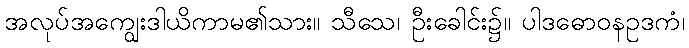
အလုပ်အကျွေးဒါယိကာမ၏သား။ သီသေ၊ ဦးခေါင်း၌။ ပါဒဓောဝနဥဒကံ၊